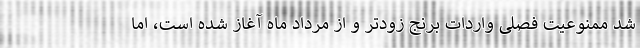
شد ممنوعیت فصلی واردات برنج زودتر و از مرداد ماه آغاز شده است، اما